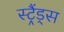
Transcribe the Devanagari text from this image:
स्ट्रैंड्स